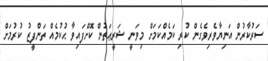
ސަރުކާރުން އަނިޔާވެރިވެގެން ކުރި ކަމެއްކަމަށް މިވަނީ ޝަރީޢަތުން ކޮށްފައިވާ ޙުކުމެއް ތަންފީޒު ކުރުމަށް